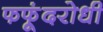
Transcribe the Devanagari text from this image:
फफूंदरोधी